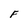
Character: F